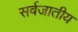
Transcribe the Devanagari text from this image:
सर्वजातीय